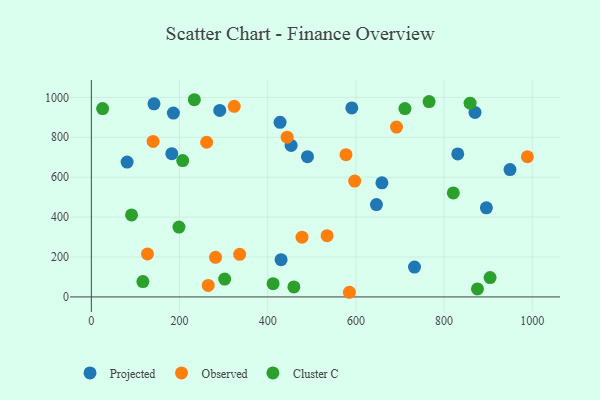
{"axis": {"x": "Experience", "y": "Yield"}, "legend": ["Cluster C", "Observed", "Projected"], "data": [{"x": "646.6", "y": 462.9, "type": "Projected"}, {"x": "949.5", "y": 637.9, "type": "Projected"}, {"x": "81.1", "y": 675.7, "type": "Projected"}, {"x": "430.3", "y": 186.6, "type": "Projected"}, {"x": "291.2", "y": 934.7, "type": "Projected"}, {"x": "182.5", "y": 717.8, "type": "Projected"}, {"x": "590.7", "y": 947.2, "type": "Projected"}, {"x": "142.1", "y": 967.7, "type": "Projected"}, {"x": "186.1", "y": 921.3, "type": "Projected"}, {"x": "895.9", "y": 446.4, "type": "Projected"}, {"x": "732.9", "y": 149.7, "type": "Projected"}, {"x": "490.2", "y": 702.6, "type": "Projected"}, {"x": "659.0", "y": 571.8, "type": "Projected"}, {"x": "831.0", "y": 716.4, "type": "Projected"}, {"x": "453.1", "y": 758.9, "type": "Projected"}, {"x": "428.0", "y": 875.0, "type": "Projected"}, {"x": "870.1", "y": 924.6, "type": "Projected"}, {"x": "585.2", "y": 23.3, "type": "Observed"}, {"x": "692.1", "y": 851.3, "type": "Observed"}, {"x": "534.7", "y": 307.1, "type": "Observed"}, {"x": "336.4", "y": 213.4, "type": "Observed"}, {"x": "127.3", "y": 215.6, "type": "Observed"}, {"x": "324.1", "y": 954.8, "type": "Observed"}, {"x": "261.5", "y": 775.0, "type": "Observed"}, {"x": "597.3", "y": 580.6, "type": "Observed"}, {"x": "577.5", "y": 712.8, "type": "Observed"}, {"x": "988.9", "y": 702.3, "type": "Observed"}, {"x": "281.7", "y": 198.5, "type": "Observed"}, {"x": "444.1", "y": 800.4, "type": "Observed"}, {"x": "140.0", "y": 779.3, "type": "Observed"}, {"x": "265.1", "y": 57.4, "type": "Observed"}, {"x": "477.8", "y": 299.4, "type": "Observed"}, {"x": "198.7", "y": 350.2, "type": "Cluster C"}, {"x": "302.4", "y": 89.2, "type": "Cluster C"}, {"x": "25.6", "y": 943.9, "type": "Cluster C"}, {"x": "91.2", "y": 411.0, "type": "Cluster C"}, {"x": "766.0", "y": 978.9, "type": "Cluster C"}, {"x": "116.9", "y": 77.1, "type": "Cluster C"}, {"x": "459.4", "y": 50.0, "type": "Cluster C"}, {"x": "207.2", "y": 683.0, "type": "Cluster C"}, {"x": "875.7", "y": 40.0, "type": "Cluster C"}, {"x": "711.2", "y": 943.9, "type": "Cluster C"}, {"x": "412.2", "y": 66.3, "type": "Cluster C"}, {"x": "233.6", "y": 988.1, "type": "Cluster C"}, {"x": "820.9", "y": 521.1, "type": "Cluster C"}, {"x": "904.3", "y": 97.1, "type": "Cluster C"}, {"x": "859.0", "y": 970.8, "type": "Cluster C"}]}